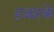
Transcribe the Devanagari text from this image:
हजारके